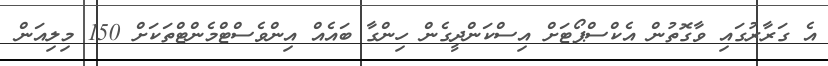
އެ ގަރާރުގައި ވާގޮތުން އެކްސްޕޯޓަށް އިސްކަންދީގެން ހިންގާ ބައެއް އިންވެސްޓްމެންޓްތަކަށް 150 މިލިއަން